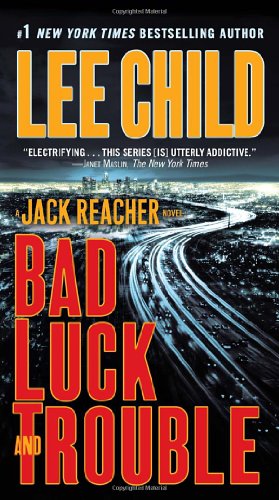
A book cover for Bad Luck and Trouble (Jack Reacher); Lee Child; Mystery, Thriller & Suspense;